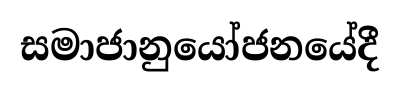
සමාජානුයෝජනයේදී